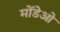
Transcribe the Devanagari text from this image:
मोंडेओ